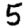
Digit: 5